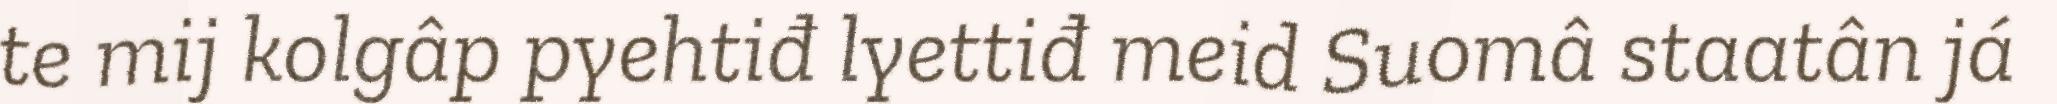
te mij kolgâp pyehtiđ lyettiđ meid Suomâ staatân já